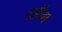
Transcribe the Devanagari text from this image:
त्सैंग